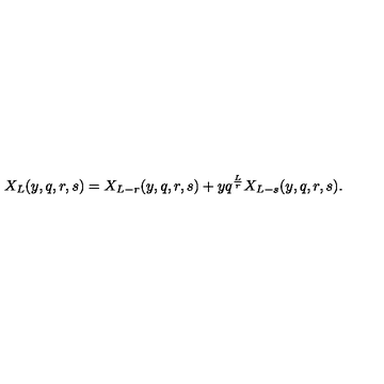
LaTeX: X _ { L } ( y , q , r , s ) = X _ { L - r } ( y , q , r , s ) + y q ^ { \frac { L } { r } } X _ { L - s } ( y , q , r , s ) .